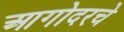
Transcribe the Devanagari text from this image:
आगोदरचे